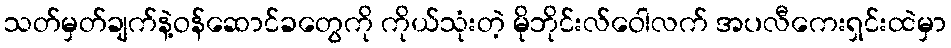
သတ်မှတ်ချက်နဲ့ဝန်ဆောင်ခတွေကို ကိုယ်သုံးတဲ့ မိုဘိုင်းလ်ဝေါလက် အပလီကေးရှင်းထဲမှာ